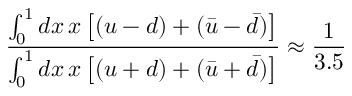
\frac { \int _ { 0 } ^ { 1 } d x \, x \left[ ( u - d ) + ( \bar { u } - \bar { d } ) \right] } { \int _ { 0 } ^ { 1 } d x \, x \left[ ( u + d ) + ( \bar { u } + \bar { d } ) \right] } \approx \frac { 1 } { 3 . 5 }